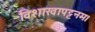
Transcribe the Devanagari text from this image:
विशाखापट्टनम।